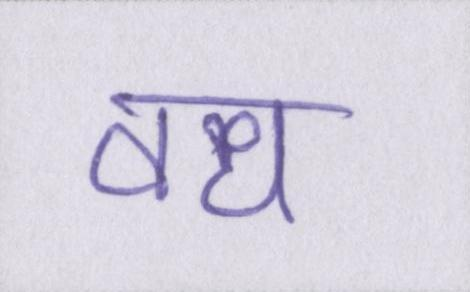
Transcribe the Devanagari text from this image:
वध